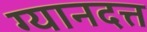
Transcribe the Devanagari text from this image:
ग्यानदत्त